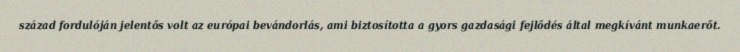
század fordulóján jelentős volt az európai bevándorlás, ami biztosította a gyors gazdasági fejlődés által megkívánt munkaerőt.